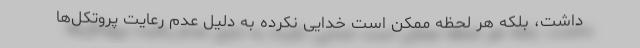
داشت، بلکه هر لحظه ممکن است خدایی نکرده به دلیل عدم رعایت پروتکل‌ها